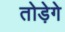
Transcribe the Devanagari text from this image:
तोड़ेगे